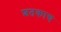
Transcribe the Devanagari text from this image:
शतकाच